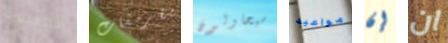
الجلسة مقرمشات سيحاولون مواعيد إن ان